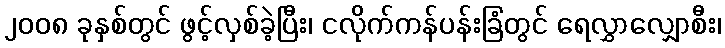
၂၀၀၈ ခုနှစ်တွင် ဖွင့်လှစ်ခဲ့ပြီး၊ ငလိုက်ကန်ပန်းခြံတွင် ရေလွှာလျှောစီး၊